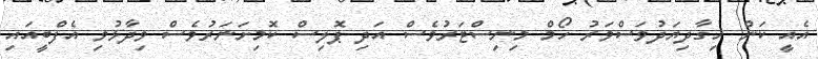
އެއީ ކަން ހިގާދިޔަދުވަސްވަރު ހޯމް މިނިސްޓަރުވެސް އަދި ޕޮލިސް ކޮމިށަނަރުވެސް ވިދާޅުވި އެފްބީއައި